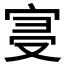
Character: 𡨞